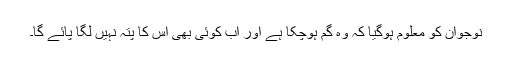
نوجوان کو معلوم ہوگیا کہ وہ گم ہوچکا ہے اور اب کوئی بھی اس کا پتہ نہیں لگا پائے گا۔